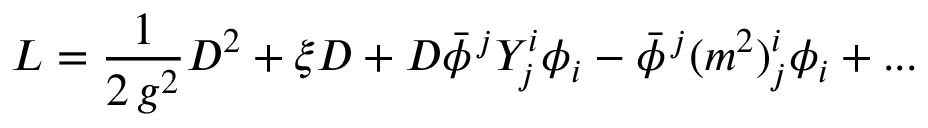
{ \cal L } = \displaystyle { \frac { 1 } { 2 \, g ^ { 2 } } } D ^ { 2 } + \xi D + D \bar { \phi } ^ { \, j } { \cal Y } _ { j } ^ { i } \phi _ { i } - \bar { \phi } ^ { \, j } ( m ^ { 2 } ) _ { j } ^ { i } \phi _ { i } + . . .